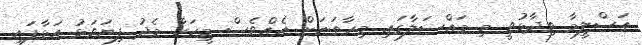
ތަސްލީމާ ވިދާޅުވީ މި މައްސަލާގައި މިހާތަނަށް އެއްވެސް މީހަކާ މެދު ފިޔަވަޅު އަޅާފައި